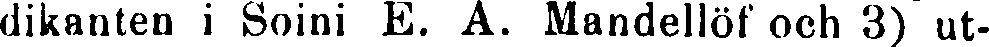
dikanten i Soini E. A. Mandellöf och 3) ut-